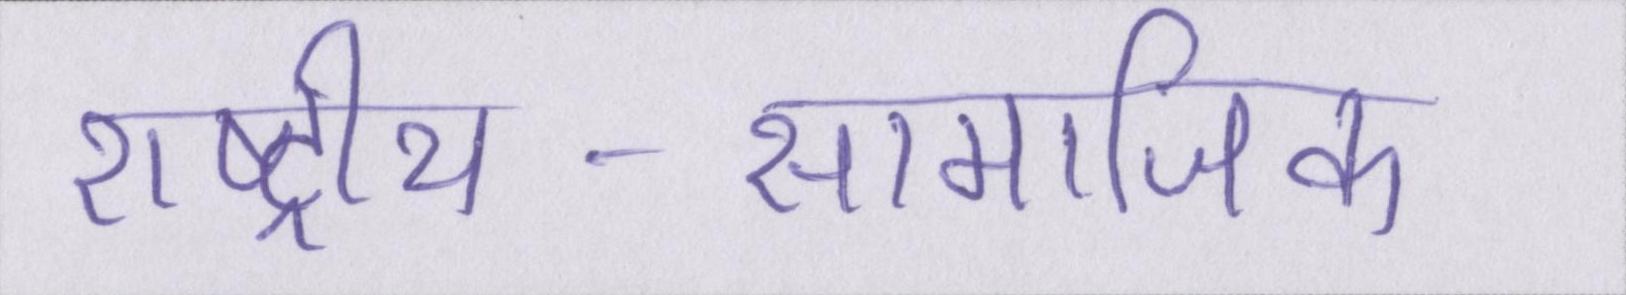
राष्ट्रीय-सामाजिक